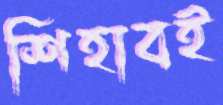
শিহাবই